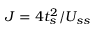
J = 4 t _ { s } ^ { 2 } / U _ { s s }